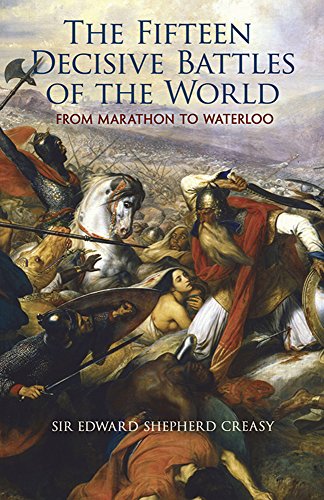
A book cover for The Fifteen Decisive Battles of the World: From Marathon to Waterloo (Dover Military History, Weapons, Armor); Edward Shepherd Creasy; History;